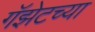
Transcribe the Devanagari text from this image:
गॅझेटच्या